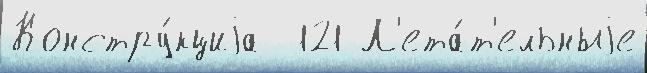
Констру́кциjа  121 Л'ета́т'ельныjе